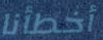
أخطأنا